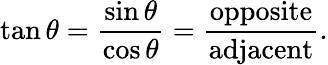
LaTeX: \tan\theta={\frac{\sin\theta}{\cos\theta}}={\frac{\mathrm{opposite}}{\mathrm{adjacent}}}.